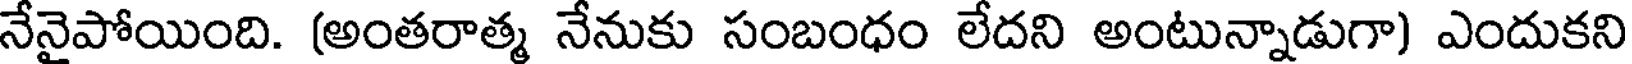
నేనైపోయింది. (అంతరాత్మ నేనుకు సంబంధం లేదని అంటున్నాడుగా) ఎందుకని